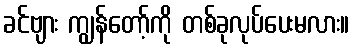
ခင်ဗျား ကျွန်တော့်ကို တစ်ခုလုပ်ပေးမလား။